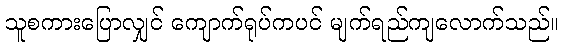
သူစကားပြောလျှင် ကျောက်ရုပ်ကပင် မျက်ရည်ကျလောက်သည်။